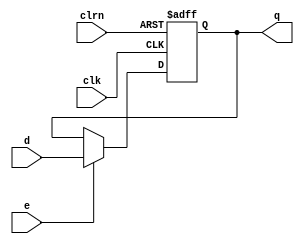

module dffe1 (d,clk,clrn,e,q);                         // a 32-bit register
    input             d;                                // input d
    input             e;                                // e: enable
    input             clk, clrn;                        // clock and reset
    output reg        q;                                // output q
    always @(negedge clrn or posedge clk)
        if (!clrn)  q <= 0;                             // q = 0 if reset
        else if (e) q <= d;                             // save d if enabled
endmodule